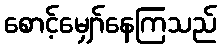
စောင့်မျှော်နေကြသည်